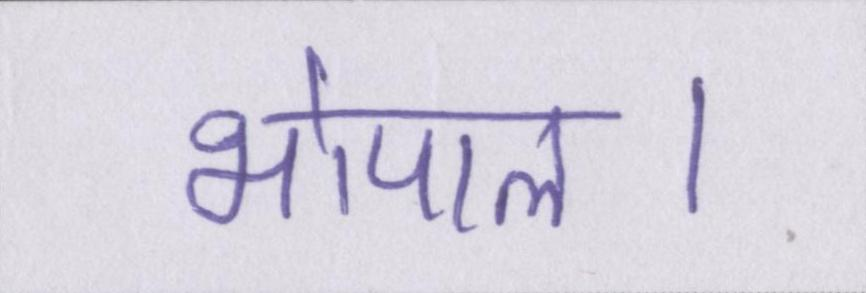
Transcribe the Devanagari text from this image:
भोपाल।